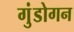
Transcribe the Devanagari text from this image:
गुंडोगन